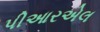
પીઆરએલ